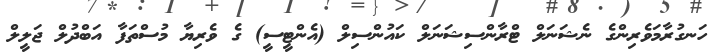
ހަނގުރާމަވެރިންގެ ނެޝަނަލް ޓްރާންސިޝަނަލް ކައުންސިލް (އެންޓީސީ) ގެ ވެރިޔާ މުސްތަފާ އަބްދުލް ޖަލީލް